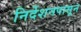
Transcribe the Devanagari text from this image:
निर्देशनपासून